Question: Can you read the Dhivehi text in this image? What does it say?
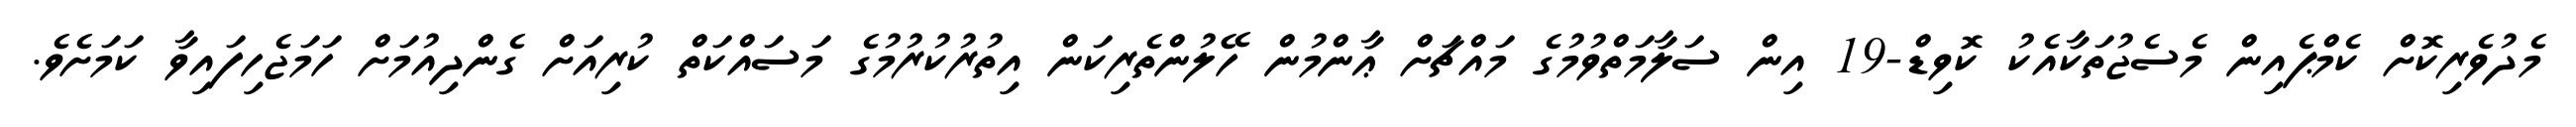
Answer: މެދުވެރިކޮށް ކެމްޕެއިން މެސެޖުތަކާއެކު ކޮވިޑް-19 އިން ސަލާމަތްވުމުގެ މައްޗަށް ޢާންމުން ހޭލުންތެރިކަން އިތުރުކުރުމުގެ މަސައްކަތް ކުރިއަށް ގެންދިއުމަށް ހަމަޖެހިފައިވާ ކަމަށެވެ.